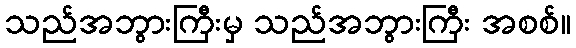
သည်အဘွားကြီးမှ သည်အဘွားကြီး အစစ်။